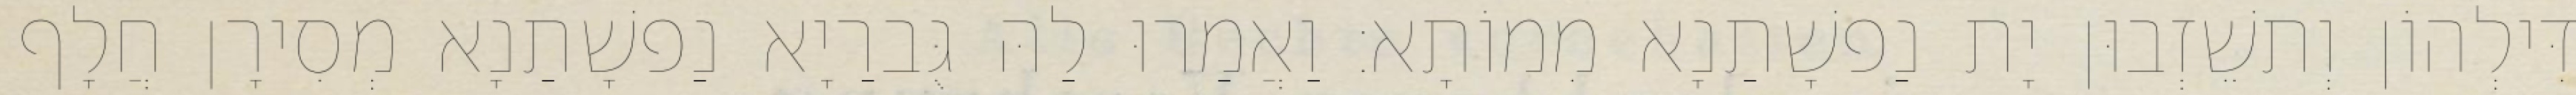
דִּילְהוֹן וְתשֵׁזְבוּן יָת נַפשָׁתַנָא מִמוֹתָא׃ וַאֲמַרוּ לַהּ גֻּברַיָא נַפשָׁתַנָא מְסִירָן חֲלָף